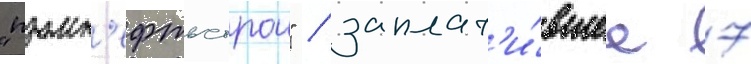
"промн'ефтьстрои" / заплат'и́вшее 7